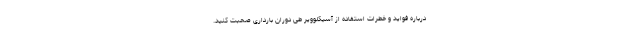
درباره فواید و خطرات استفاده از آسیکلوویر طی دوران بارداری صحبت کنید.